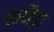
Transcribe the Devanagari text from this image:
नथैड़ा